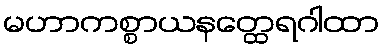
မဟာကစ္စာယနတ္ထေရဂါထာ